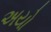
અયો